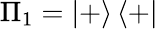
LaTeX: \Pi_{1}=\left\vert+\right\rangle\left\langle+\right\vert